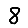
Digit: 8